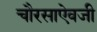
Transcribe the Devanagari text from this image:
चौरसाऐवजी